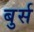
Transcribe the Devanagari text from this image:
बुर्स